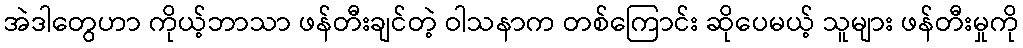
အဲဒါတွေဟာ ကိုယ့်ဘာသာ ဖန်တီးချင်တဲ့ ဝါသနာက တစ်ကြောင်း ဆိုပေမယ့် သူများ ဖန်တီးမှုကို